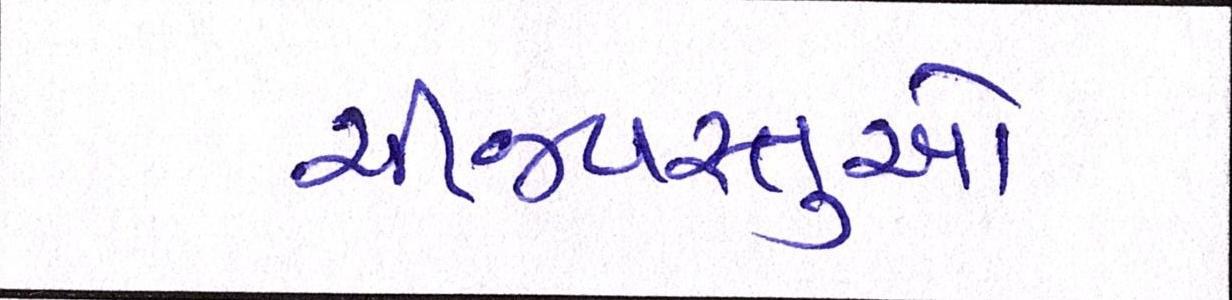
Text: ચીજવસ્તુઓ